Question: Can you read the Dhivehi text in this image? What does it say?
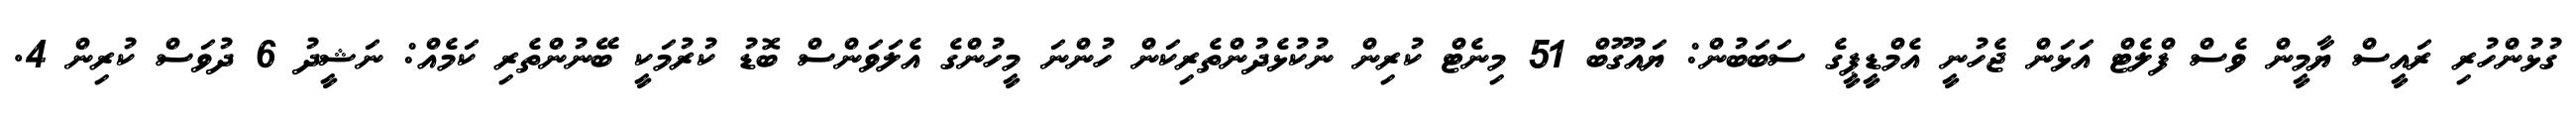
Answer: ގުޅުންހުރި ރައީސް ޔާމީން ވެސް ފްލެޓް އަޅަން ޖެހުނީ އެމްޑީޕީގެ ސަބަބުން: ޔައުގޫބް 51 މިނެޓް ކުރިން ނުކުޅެދުންތެރިކަން ހުންނަ މީހުންގެ އެލަވަންސް ބޮޑު ކުރުމަކީ ބޭނުންތެރި ކަމެއް: ނަޝީދު 6 ދުވަސް ކުރިން 4.